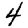
Digit: 4